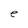
Character: e